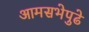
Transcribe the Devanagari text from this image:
आमसभेपुढे